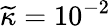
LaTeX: \widetilde{\kappa}=10^{-2}